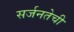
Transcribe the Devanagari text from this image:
सर्जनतेची